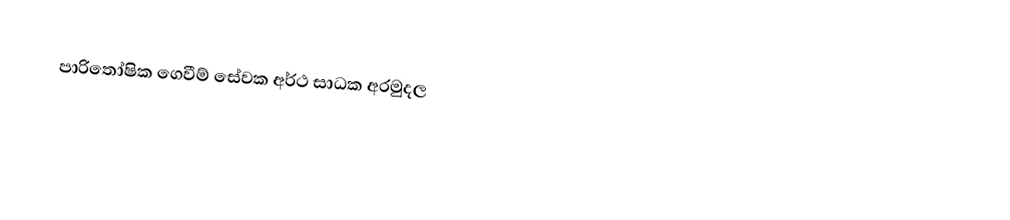
පාරිතෝෂික ගෙවීම් සේවක අර්ථ සාධක අරමුදල